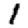
Digit: 1